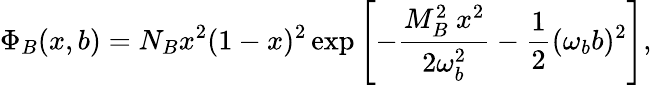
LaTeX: \Phi_{B}(x,b)=N_{B}x^{2}(1-x)^{2}\exp\left[-\frac{M_{B}^{2}\ x^{2}}{2\omega_{b}^{2}}-\frac{1}{2}(\omega_{b}b)^{2}\right],